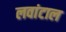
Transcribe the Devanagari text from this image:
लवांटाल